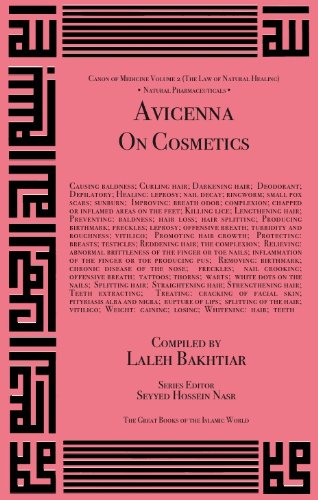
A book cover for Avicenna On Cosmetics and their Medicinal Uses from the Canon of Medicine Volume 2; Abu 'Ali al-Husayn ibn Sina; Health, Fitness & Dieting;